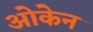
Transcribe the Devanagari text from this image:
ओकेन